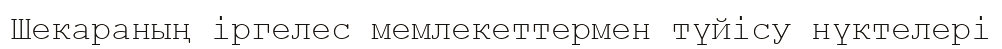
Шекараның іргелес мемлекеттермен түйісу нүктелері